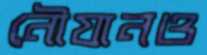
নৌযানও